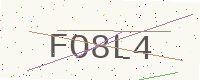
Text: FO8L4